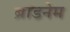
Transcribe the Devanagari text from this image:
ब्रांडनेम